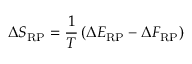
\Delta S _ { \mathrm { R P } } = \frac { 1 } { T } \left( \Delta E _ { \mathrm { R P } } - \Delta F _ { \mathrm { R P } } \right)